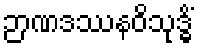
ဉာဏဒဿနဝိသုဒ္ဓိံ